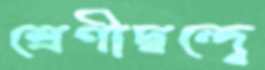
শ্রেণীদ্বন্দ্বে